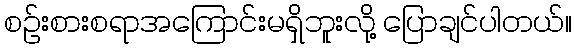
စဉ်းစားစရာအကြောင်းမရှိဘူးလို့ ပြောချင်ပါတယ်။